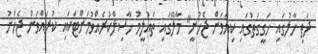
ދަތި ހާލުގައި ހަގީގަަތުގައި ކިޔަވަން ޖެހުނީ" މާލޭގައި ތައުލީމު ހާސިލްކުރެއްވުމަށްޓަކައި ކުރައްވަން ޖެހުނު